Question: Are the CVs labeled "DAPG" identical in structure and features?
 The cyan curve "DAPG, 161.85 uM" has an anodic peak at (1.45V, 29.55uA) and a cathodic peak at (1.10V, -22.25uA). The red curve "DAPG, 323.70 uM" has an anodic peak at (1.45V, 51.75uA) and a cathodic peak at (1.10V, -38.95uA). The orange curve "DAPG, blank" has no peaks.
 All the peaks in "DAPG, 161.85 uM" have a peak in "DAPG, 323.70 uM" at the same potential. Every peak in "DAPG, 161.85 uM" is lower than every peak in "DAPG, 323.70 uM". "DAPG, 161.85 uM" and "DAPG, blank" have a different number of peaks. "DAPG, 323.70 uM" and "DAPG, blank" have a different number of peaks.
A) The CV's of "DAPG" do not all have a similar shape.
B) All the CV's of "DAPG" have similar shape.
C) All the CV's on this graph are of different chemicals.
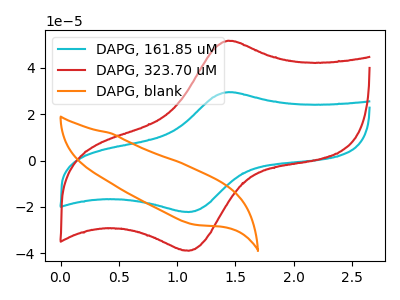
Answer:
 <answer>B) All the CV's of "DAPG" have similar shape.</answer>
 <eval>B</eval>